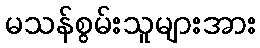
မသန်စွမ်းသူများအား